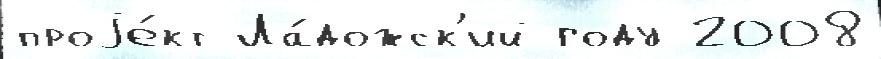
проjе́кт Ла́дожск'ий году 2008